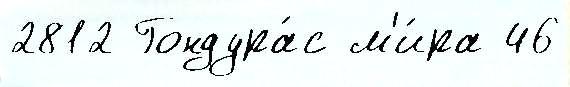
2812 Гондура́с м'и́ра 46